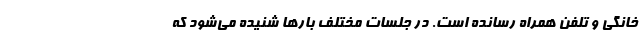
خانگی و تلفن همراه رسانده است. در جلسات مختلف بارها شنیده می‌شود که